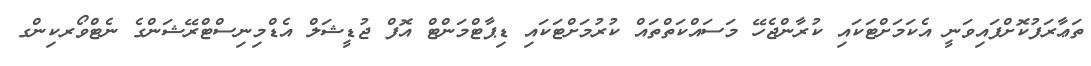
ތަޢާރަފުކޮށްފައިވަނީ އެކަމަށްޓަކައި ކުރާންޖެހޭ މަސައްކަތްތައް ކުރުމަށްޓަކައި ޑިޕާޓްމަންޓް އޮފް ޖުޑީޝަލް އެޑްމިނިސްޓްރޭޝަންގެ ނެޓްވޯރކިންގ